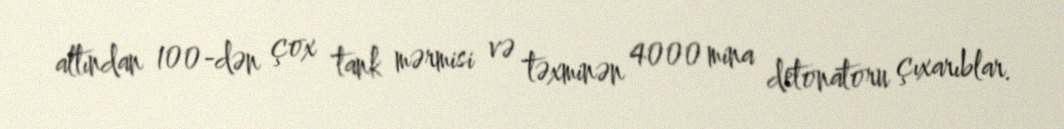
altından 100-dən çox tank mərmisi və təxminən 4000 mina detonatoru çıxarıblar.